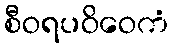
စီဝရပဝိဝေကံ